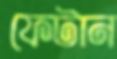
ফেটান